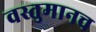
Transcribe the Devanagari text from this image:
वस्तुमानच